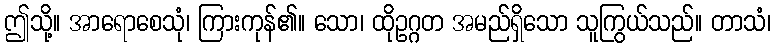
ဤသို့။ အာရောစေသုံ၊ ကြားကုန်၏။ သော၊ ထိုဥဂ္ဂတ အမည်ရှိသော သူကြွယ်သည်။ တာသံ၊